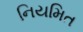
નિયમિત